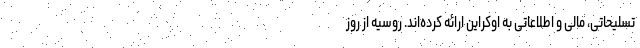
تسلیحاتی، مالی و اطلاعاتی به اوکراین ارائه کرده‌اند. روسیه از روز